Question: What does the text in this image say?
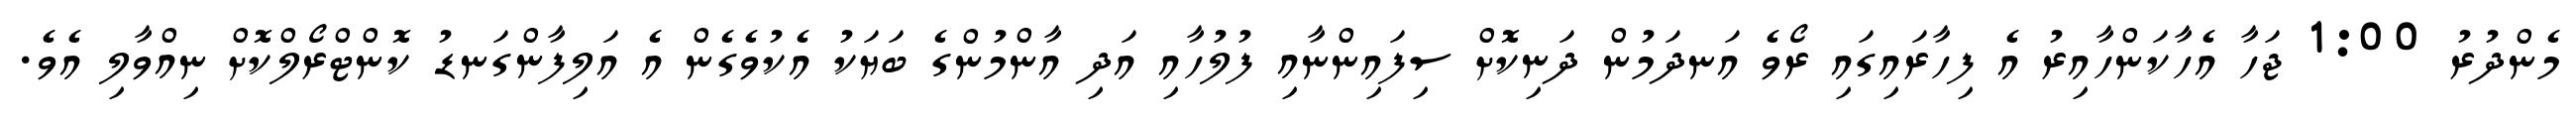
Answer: މެންދުރު 1:00 ޖަހާ އެހާކަންހާއިރު އެ ފިހާރައިގައި ރޯވެ އަނދަމުން ދަނިކޮށް ސިފައިންނާއި ފުލުހާއި އަދި އާންމުންގެ ބަޔަކު އެކުވެގެން އެ އަލިފާންގަނޑު ކޮންޓްރޯލްކޮށް ނިއްވާލި އެވެ.